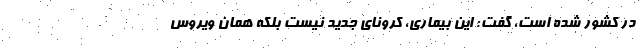
در کشور شده است، گفت: این بیماری، کرونای جدید نیست بلکه همان ویروس